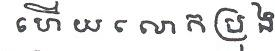
ហើយ លោកប្រុង